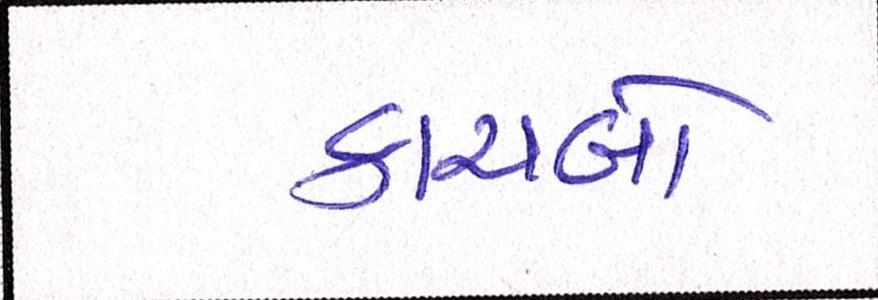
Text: કાચબો